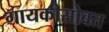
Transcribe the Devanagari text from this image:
गायकीसोबत